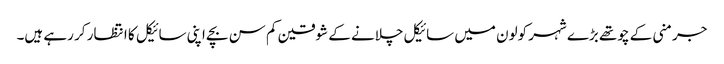
جرمنی کے چوتھے بڑے شہر کولون میں سائیکل چلانے کے شوقین کم سن بچے اپنی سائیکل کا انتظار کر رہے ہیں۔